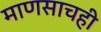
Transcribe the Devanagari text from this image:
माणसाचही